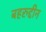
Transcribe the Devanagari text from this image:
बहरुद्दीन